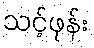
သင့်ဖုန်း